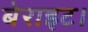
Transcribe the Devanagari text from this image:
बेराइट।